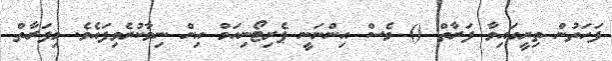
ފަހަތުން ތިރީގައިވާ ފަރާތް () ވެސް އިންނަނީ ޕެރިޓޯނިއަމް އިން ނިވާކުރެވިފައެވެ. މިފަރާތް